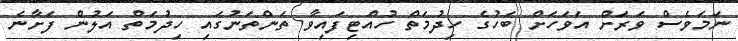
ނަމަވެސް ވަރަށް އަވަހަށް ބަހުގެ ހިދުމަތް ހުއްޓިފައިވާ ތަންތަނުގައި ހިދުމަތް އަލުން ފަށާނެ